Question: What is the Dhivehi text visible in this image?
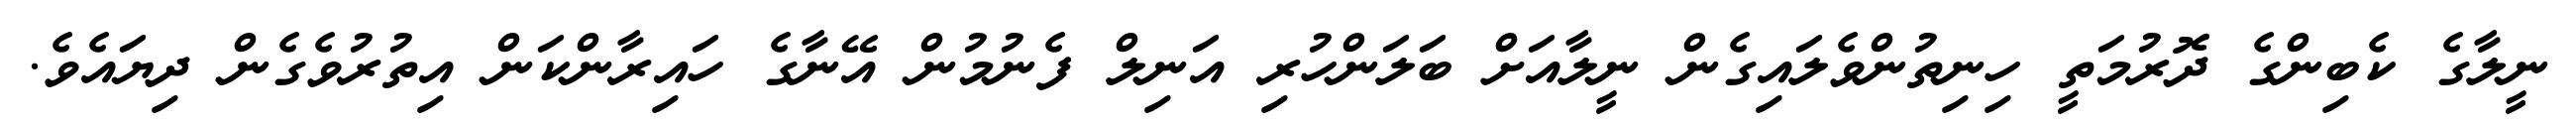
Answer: ނީލާގެ ކެބިންގެ ދޮރުމަތީ ހިނިތުންވެލައިގެން ނީލާއަށް ބަލަންހުރި އަނިލް ފެނުމުން އޭނާގެ ހައިރާންކަން އިތުރުވެގެން ދިޔައެވެ.